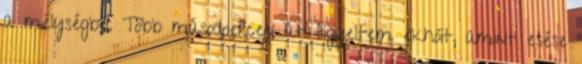
a mélységbe. Több másodpercen át figyeltem ekhóit, amint esése